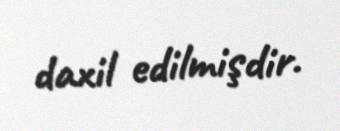
daxil edilmişdir.